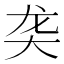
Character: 𬺛